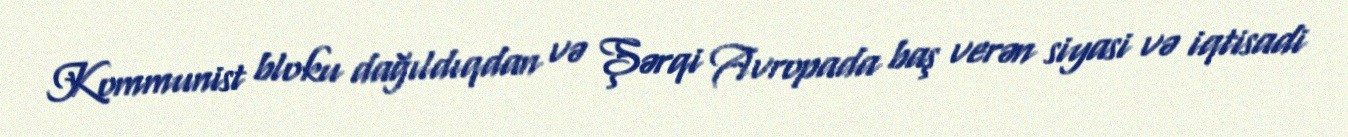
Kommunist bloku dağıldıqdan və Şərqi Avropada baş verən siyasi və iqtisadi